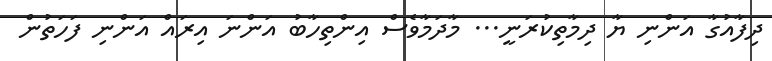
ދިފާއުގާ އަންނި ޔާ ދިމާތިކުރަނީ... މާދަމާވެސް އިންތިހާބު އަންނަ އިރައް އަންނި ފަހަތުން